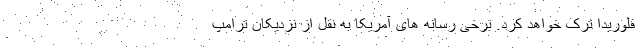
فلوریدا ترک خواهد کرد. برخی رسانه های آمریکا به نقل از نزدیکان ترامپ